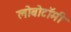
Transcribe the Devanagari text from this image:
लोबोटॉमी